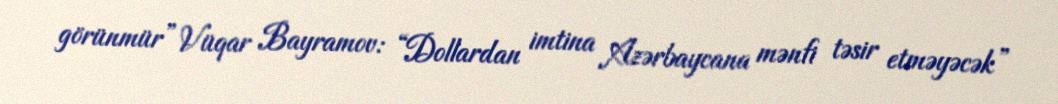
görünmür” Vüqar Bayramov: “Dollardan imtina Azərbaycana mənfi təsir etməyəcək”